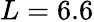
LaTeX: L=6.6